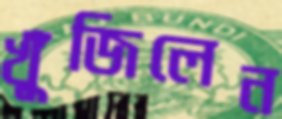
খুঁজিলেন